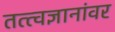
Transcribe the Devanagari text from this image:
तत्त्वज्ञानांवर